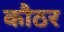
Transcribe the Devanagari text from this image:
कौठर